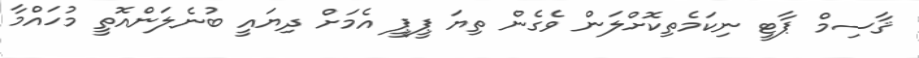
ޤާސިމް ޕާޓީ ނިކަމެތިކޮށްލަން ވެގެން ތިޔަ ޕީޕީ އެމަށް ދިޔައީ ބުނެލަންއޮތީ މުހައްމާ